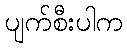
ပျက်စီးပါက